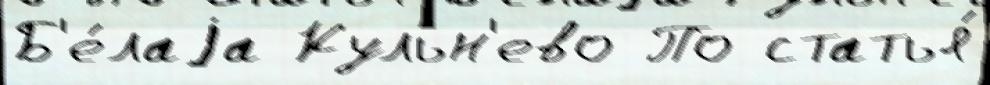
Б'е́лаjа Кульн'ево По статья́